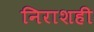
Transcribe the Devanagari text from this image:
निराशही